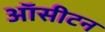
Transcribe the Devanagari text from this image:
ऑसीटन